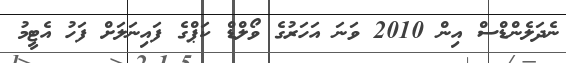
ނެދަލެންޑްސް އިން 2010 ވަނަ އަހަރުގެ ވޯލްޑް ކަޕްގެ ފައިނަލަށް ފަހު އެޓީމު